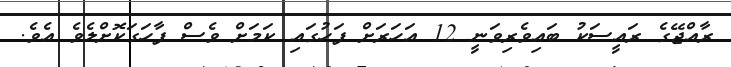
ރާއްޖޭގެ ރައީސަކު ބައިވެރިވަނީ 12 އަހަރަށް ފަހުގައި ކަމަށް ވެސް ފާހަގަކޮށްލެވެ އެވެ.